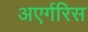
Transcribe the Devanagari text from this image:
अएर्गरिस